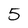
Character: 5